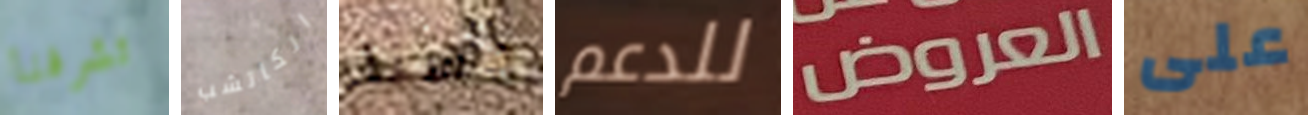
تشرفنا الكاتشب حسنا للدعم العروض على